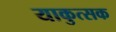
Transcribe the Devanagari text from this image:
याकुत्सक